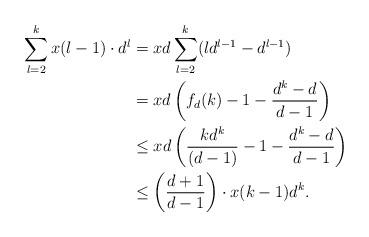
LaTeX: \begin{align*} \sum_{l=2}^{k} x(l-1)\cdot d^l &= xd\sum_{l=2}^{k} (ld^{l-1}-d^{l-1}) \\&= xd\left(f_{d}(k)-1-\frac{d^k-d}{d-1}\right) \\&\leq xd\left(\frac{kd^{k}}{(d-1)}-1-\frac{d^k-d}{d-1}\right) \\ &\leq \left(\frac{d+1}{d-1}\right)\cdot x(k-1)d^k. \end{align*}